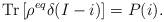
LaTeX: \begin{align*}\mathrm{Tr}\left[\rho^{eq}\delta(I - i)\right] = P(i).\end{align*}